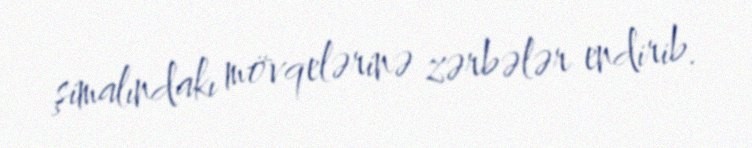
şimalındakı mövqelərinə zərbələr endirib.